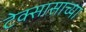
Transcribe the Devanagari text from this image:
टेक्सासाच्या